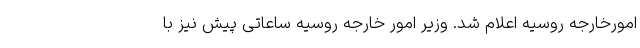
امورخارجه روسیه اعلام شد. وزیر امور خارجه روسیه ساعاتی پیش نیز با